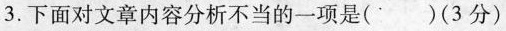
3. 下面对文章内容分析不当的一项是( ) (3分)